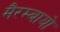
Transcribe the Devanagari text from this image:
मैरम्बायो